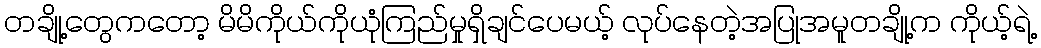
တချို့တွေကတော့ မိမိကိုယ်ကိုယုံကြည်မှုရှိချင်ပေမယ့် လုပ်နေတဲ့အပြုအမူတချို့က ကိုယ့်ရဲ့